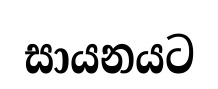
සායනයට